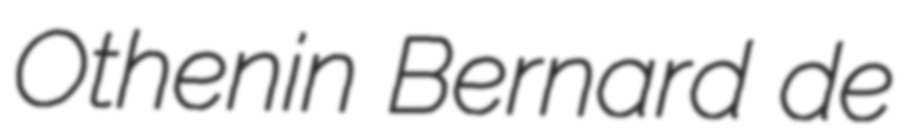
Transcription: Othenin Bernard de